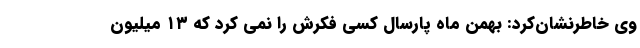
وی خاطرنشان‌کرد: بهمن ماه پارسال کسی فکرش را نمی کرد که ۱۳ میلیون